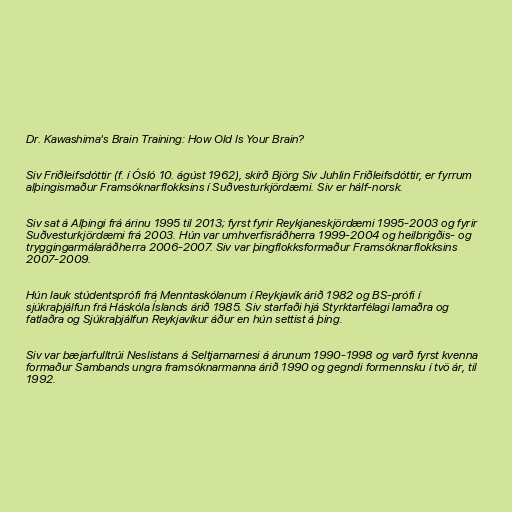
Dr. Kawashima's Brain Training: How Old Is Your Brain?

Siv Friðleifsdóttir (f. í Ósló 10. ágúst 1962), skírð Björg Siv Juhlin Friðleifsdóttir, er fyrrum
alþingismaður Framsóknarflokksins í Suðvesturkjördæmi. Siv er hálf-norsk.

Siv sat á Alþingi frá árinu 1995 til 2013; fyrst fyrir Reykjaneskjördæmi 1995-2003 og fyrir
Suðvesturkjördæmi frá 2003. Hún var umhverfisráðherra 1999-2004 og heilbrigðis- og
tryggingarmálaráðherra 2006-2007. Siv var þingflokksformaður Framsóknarflokksins
2007-2009.

Hún lauk stúdentsprófi frá Menntaskólanum í Reykjavík árið 1982 og BS-prófi í
sjúkraþjálfun frá Háskóla Íslands árið 1985. Siv starfaði hjá Styrktarfélagi lamaðra og
fatlaðra og Sjúkraþjálfun Reykjavíkur áður en hún settist á þing.

Siv var bæjarfulltrúi Neslistans á Seltjarnarnesi á árunum 1990-1998 og varð fyrst kvenna
formaður Sambands ungra framsóknarmanna árið 1990 og gegndi formennsku í tvö ár, til
1992.